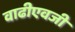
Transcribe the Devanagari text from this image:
वाढीएवजी